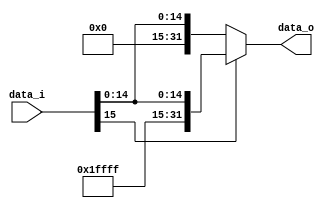
`timescale 1ns/1ns
module Sign_Extend(data_i, data_o);
input  [15:0] data_i;
output [31:0] data_o;


assign data_o = (data_i[15] == 0)?{16'd0, data_i}:{16'd65535, data_i};
endmodule